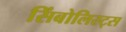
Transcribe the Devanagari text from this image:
सिंबोलिस्ट्स